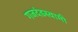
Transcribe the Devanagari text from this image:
गजदंडस्वामी